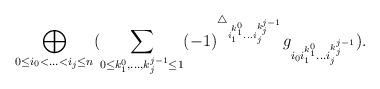
LaTeX: \begin{align*}\displaystyle\bigoplus_{0\le i_0<...< i_j\le n}(\displaystyle\sum_{0\le k^0_1,...,k^{j-1}_j \le 1}(-1)^{\triangle_{{i}^{k^0_1}_1...{i}^{k^{j-1}_j}_j}}g_{i_0{i}^{k^0_1}_1...{i}^{k^{j-1}_j}_j}).\end{align*}